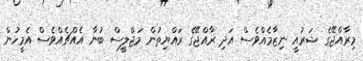
މިރާއްޖޭގެ ޝަރުއީ ނިޒާމެއްވެސް އަދި ރާއްޖޭގެ ރައްޔިތުން މަޖްލީސް ބުނާ އެއްޗެެއްވެސް އެމީހުން